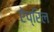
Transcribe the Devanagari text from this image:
ऐप्रिल